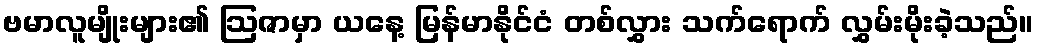
ဗမာလူမျိုးများ၏ ဩဇာမှာ ယနေ့ မြန်မာနိုင်ငံ တစ်လွှား သက်ရောက် လွှမ်းမိုးခဲ့သည်။